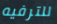
للترفيه